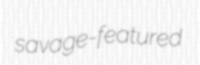
savage-featured